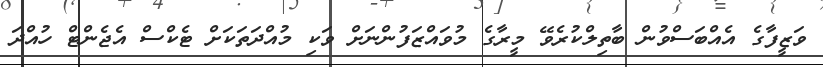
ވަޒީފާގެ އެއްބަސްވުން ބާތިލްކުރެވޭ މީރާގެ މުވައްޒަފުންނަށް ވަކި މުއްދަތަކަށް ޓެކްސް އެޖެންޓް ހުއްދަ